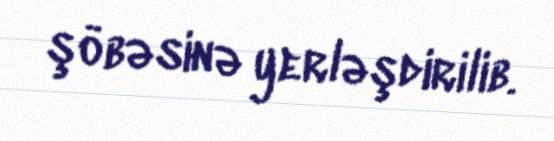
şöbəsinə yerləşdirilib.